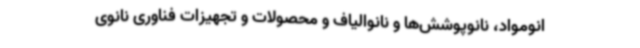
انومواد، نانوپوشش‌ها و نانوالیاف و محصولات و تجهیزات فناوری نانوی